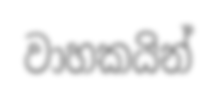
වාහකයින්